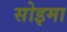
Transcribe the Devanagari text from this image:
सोइमा